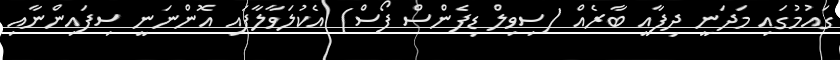
ގައުމުގައި މަދަނީ ދިފާއީ ބާރެއް (ސިވިލް ޑިފެންސް ފޯސް) އެކުލަވާލާފައި އޮންނަނީ ސިފައިންނާއި